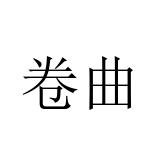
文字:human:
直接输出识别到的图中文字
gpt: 卷曲